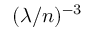
( \lambda / n ) ^ { - 3 }